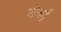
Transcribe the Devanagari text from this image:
डोनर्ड़